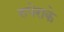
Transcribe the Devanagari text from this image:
रुपेराके